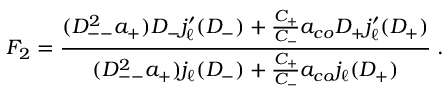
F _ { 2 } = \frac { ( D _ { -- } ^ { 2 } a _ { + } ) D _ { - } j _ { \ell } ^ { \prime } ( D _ { - } ) + \frac { C _ { + } } { C _ { - } } a _ { c o } D _ { + } j _ { \ell } ^ { \prime } ( D _ { + } ) } { ( D _ { -- } ^ { 2 } a _ { + } ) j _ { \ell } ( D _ { - } ) + \frac { C _ { + } } { C _ { - } } a _ { c o } j _ { \ell } ( D _ { + } ) } \; .